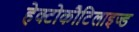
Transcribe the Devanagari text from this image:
हेक्टोकौटिलाइज्ड